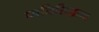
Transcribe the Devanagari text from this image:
ध्वनिसिद्धान्त